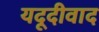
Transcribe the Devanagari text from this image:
यदूदीवाद